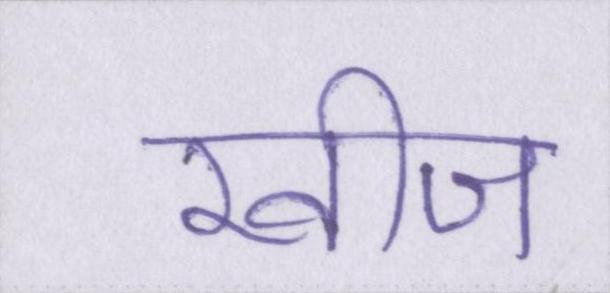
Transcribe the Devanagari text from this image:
खीज